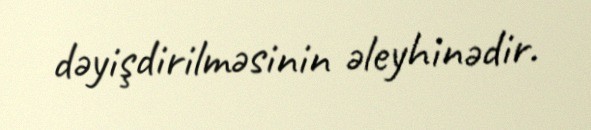
dəyişdirilməsinin əleyhinədir.